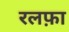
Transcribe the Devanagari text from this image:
रलफ़ा